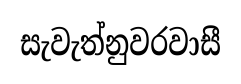
සැවැත්නුවරවාසී